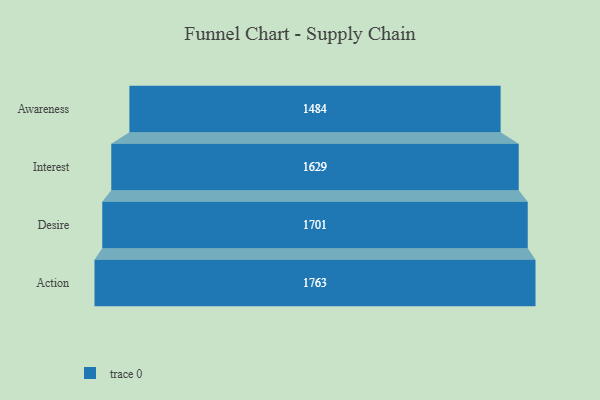
{"axis": {"x": "Stage", "y": "Value"}, "legend": [""], "data": [{"x": "Awareness", "y": 1484.0, "type": ""}, {"x": "Interest", "y": 1629.0, "type": ""}, {"x": "Desire", "y": 1701.0, "type": ""}, {"x": "Action", "y": 1763.0, "type": ""}]}